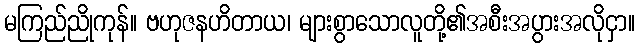
မကြည်ညိုကုန်။ ဗဟုဇနဟိတာယ၊ များစွာသောလူတို့၏အစီးအပွားအလိုငှာ။